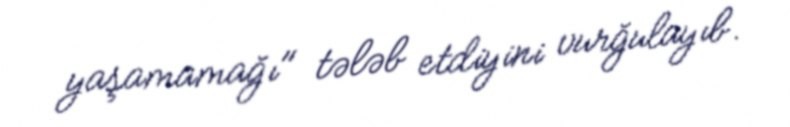
yaşamamağı" tələb etdiyini vurğulayıb.